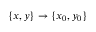
\{ \boldsymbol { x } , \boldsymbol { y } \} \rightarrow \{ \boldsymbol { x } _ { 0 } , \boldsymbol { y } _ { 0 } \}